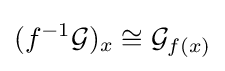
(f^{-1}{\mathcal {G}})_{x}\cong {\mathcal {G}}_{f(x)}